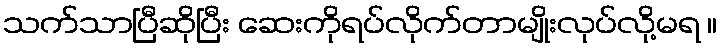
သက်သာပြီဆိုပြီး ဆေးကိုရပ်လိုက်တာမျိုးလုပ်လို့မရ ။